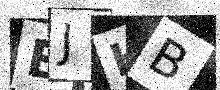
Text: EJHB